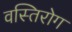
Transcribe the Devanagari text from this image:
वस्तिरोग